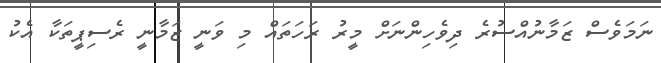
ނަމަވެސް ޒަމާނުއްސުރެ ދިވެހިންނަށް މީރު ރަހަތައް މި ވަނީ ޒަމާނީ ރެސިޕީތަކާ އެކު